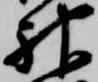
神